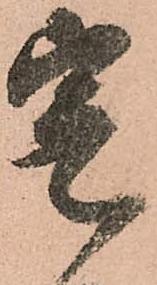
宴